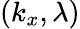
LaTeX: (k_{x},\lambda)